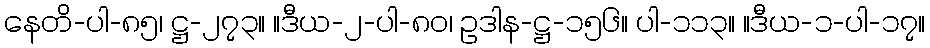
နေတိ-ပါ-၈၅၊ ဋ္ဌ-၂၇၃။ ။ဒီယ-၂-ပါ-၈၀၊ ဥဒါန-ဋ္ဌ-၁၅၆။ ပါ-၁၁၃။ ။ဒီယ-၁-ပါ-၁၇။